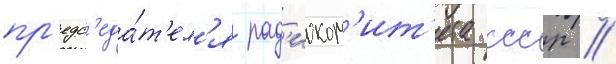
пр'едс'еда́т'ел'я рад'иоком'ит'ета ссср //